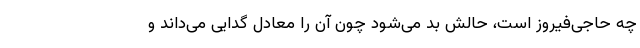
چه حاجی‌فیروز است، حالش بد می‌شود چون آن را معادل گدایی می‌داند و